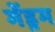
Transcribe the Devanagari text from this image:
मेंड्रम